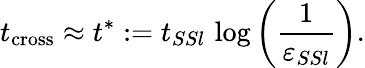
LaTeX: t_{\mathrm{cross}}\approx t^{\ast}:=t_{SSl}\, \log\left(\frac{1}{\varepsilon_{SSl}}\right).